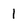
Character: 1